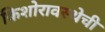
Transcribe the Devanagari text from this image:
किशोरावस्थेची